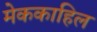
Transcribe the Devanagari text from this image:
मेककाहिल